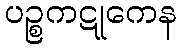
ပဉ္စကဋုကေန